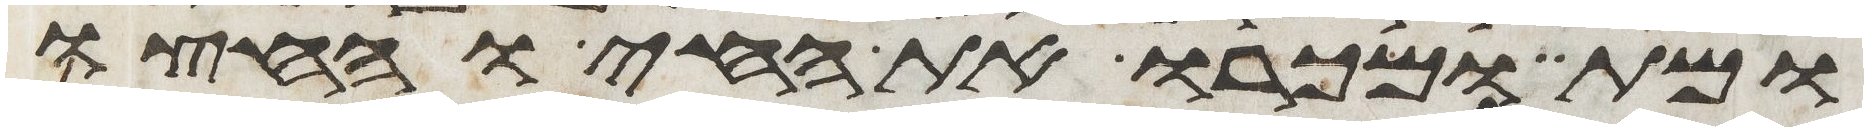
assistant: ומת ומכרו את החי וחצו